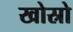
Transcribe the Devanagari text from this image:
खोस्रो